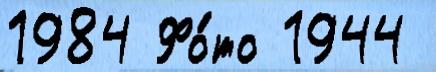
1984 Фо́то 1944